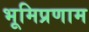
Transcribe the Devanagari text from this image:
भूमिप्रणाम